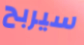
سيربح